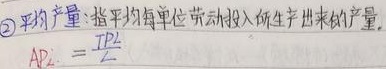
\textcircled{2}平均产量：指平均每单位劳动投入所生产出来的产量。
\(AP_{L}=\frac{TP_{L}}{L}\)